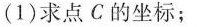
(1)求点C的坐标；